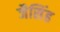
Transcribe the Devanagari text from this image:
जैसिंह